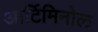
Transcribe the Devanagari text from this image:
आर्टिमिनोल